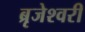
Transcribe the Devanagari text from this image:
ब्रृजेश्वरी